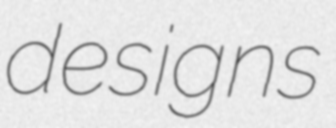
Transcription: designs